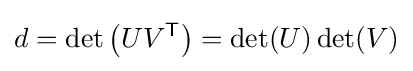
d=\det \left(UV^{\mathsf {T}}\right)=\det(U)\det(V)